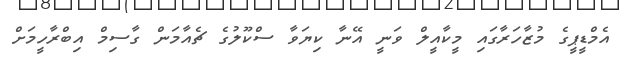
އެމްޑީޕީގެ މުޒާހަރާގައި މީކާއީލް ވަނީ އޭނާ ކިޔަވާ ސްކޫލުގެ ޗެއާމަން ގާސިމް އިބްރާހީމަށް